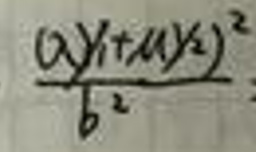
\(\frac{( a y _ { 1 } + \mu y _ { 2 } ) ^ { 2 }}{b ^ { 2 }}\)